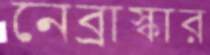
নেব্রাস্কার